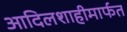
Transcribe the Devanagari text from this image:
आदिलशाहीमार्फत